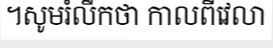
។សូមរំលឹកថា កាលពីវេលា